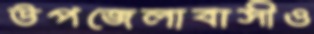
উপজেলাবাসীও